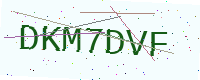
Text: DKM7DVF